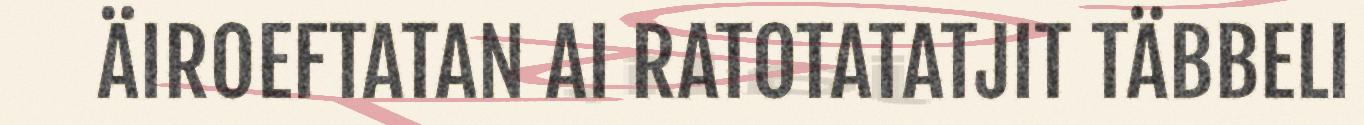
ÄIROEFTATAN AI RATOTATATJIT TÄBBELI